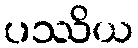
ပဿိယ